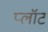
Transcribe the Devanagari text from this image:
प्‍लॉट